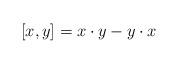
LaTeX: \begin{align*} [x,y]=x\cdot y-y\cdot x\end{align*}